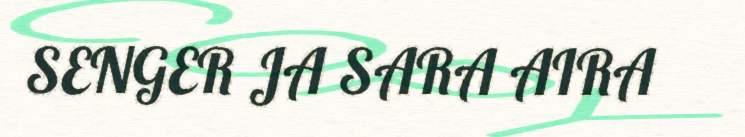
SENGER JA SARA AIRA